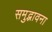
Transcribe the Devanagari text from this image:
समुद्भावना